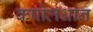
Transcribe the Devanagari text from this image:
कपोलधान